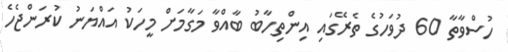
ހުސްވާތާ 60 ދުވަހުގެ ތެރޭގައި އިންތިހާބު ބާއްވާ މަގާމަށް މީހަކު އައްޔަނު ކުރަންޖެހެ